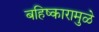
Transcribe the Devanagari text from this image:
बहिष्कारामुळे